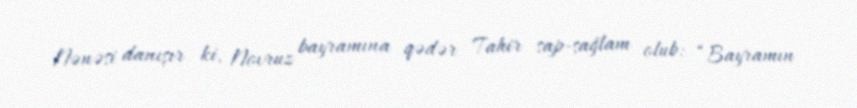
Nənəsi danışır ki, Novruz bayramına qədər Tahir sap-sağlam olub: “Bayramın